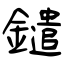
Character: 鑓